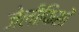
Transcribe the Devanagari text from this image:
जेलीफिशों